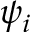
\psi _ { i }